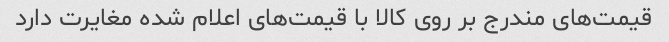
قیمت‌های مندرج بر روی کالا با قیمت‌های اعلام شده مغایرت دارد